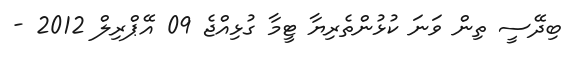
ބިދޭސީ ތިން ވަނަ ކުޅުންތެރިޔާ ޓީމާ ގުޅިއްޖެ 09 އޭޕްރިލް 2012 -